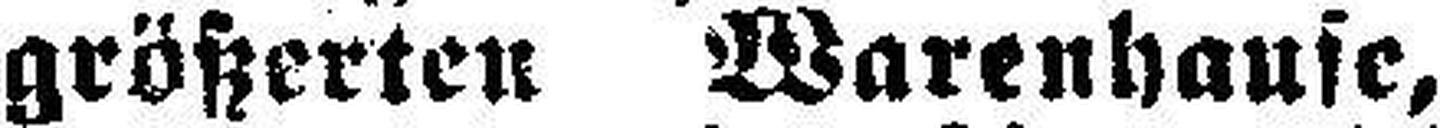
größerten Warenhause,